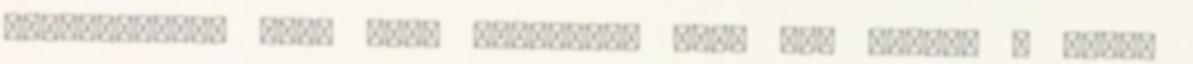
bizonyítania azt, hogy pontatlan volt egy járat, s ezért